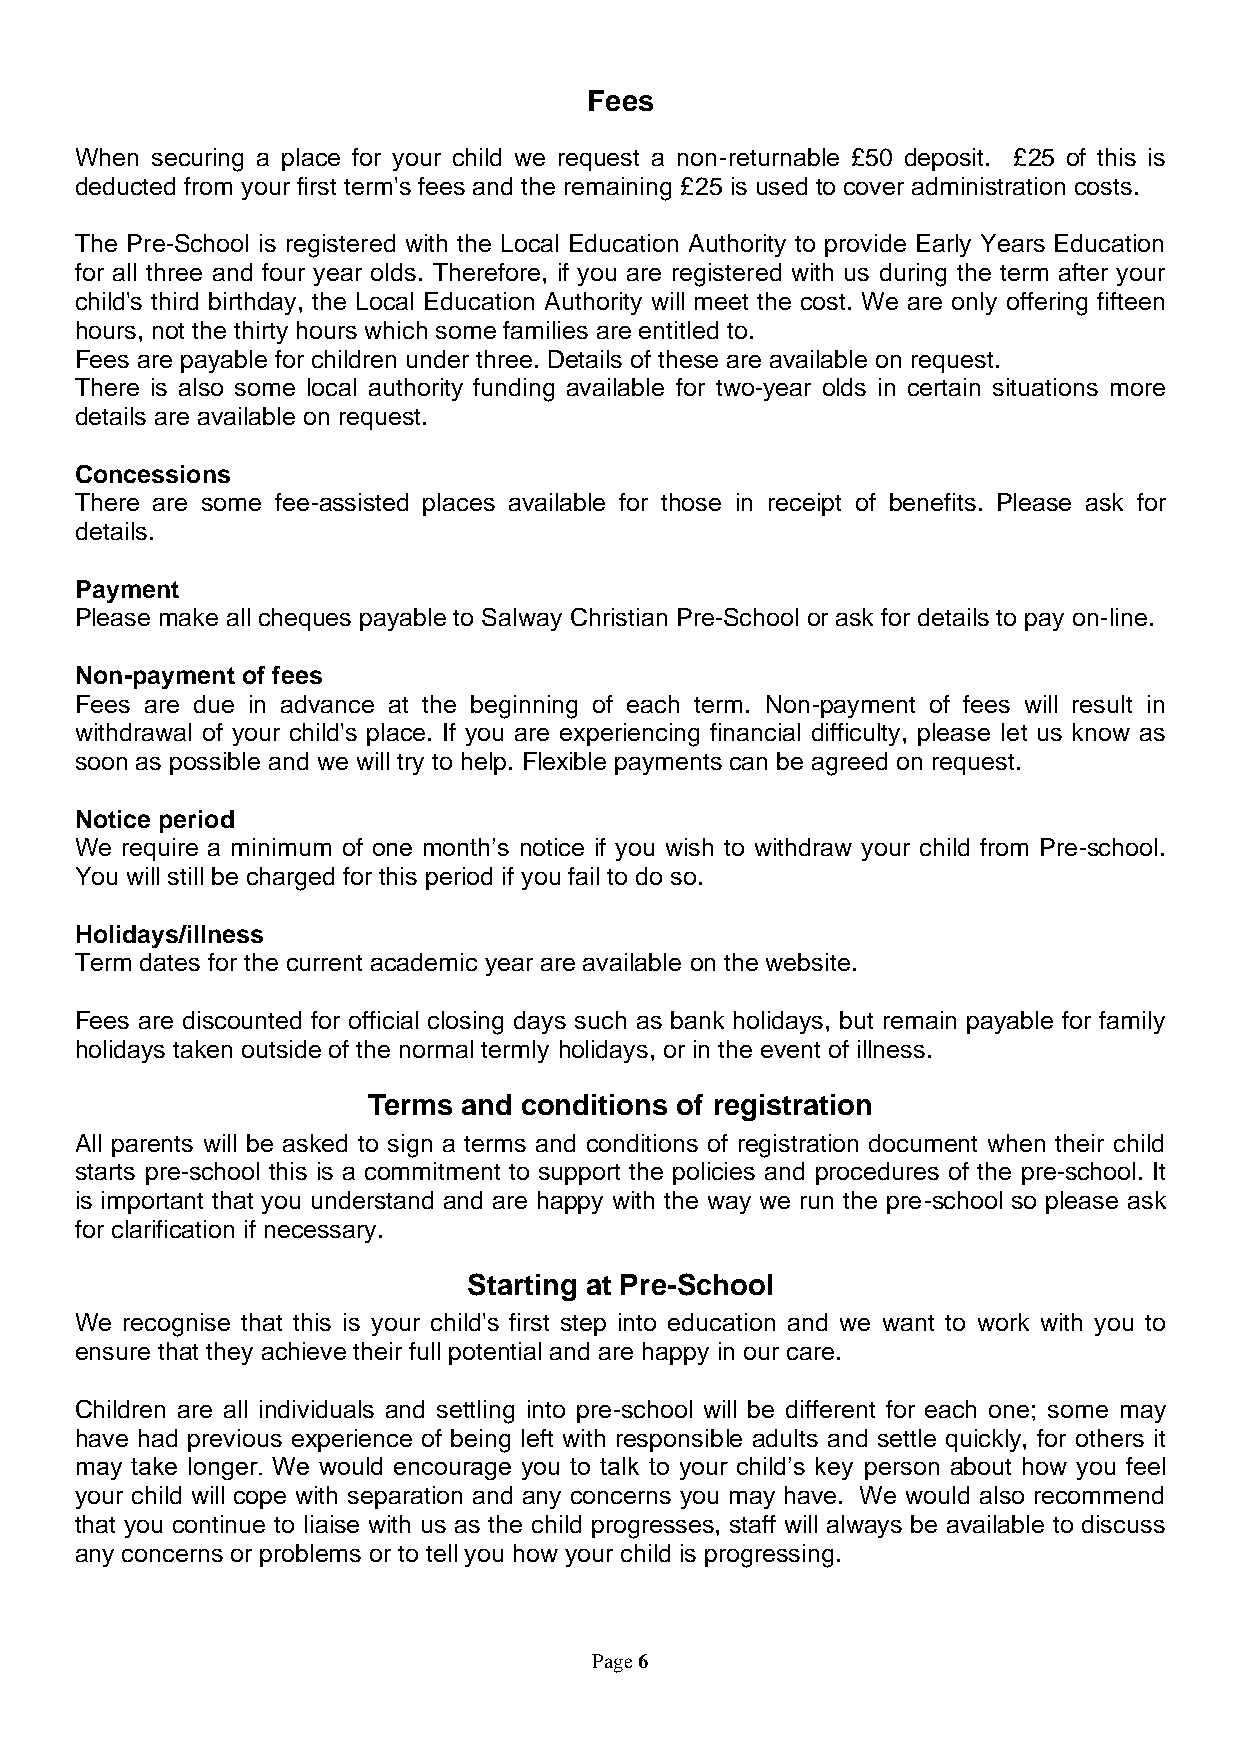
Fees
 When securing a place for your child we request a non-returnable £50 deposit. £25 of this is
 deducted from your first term's fees and the remaining £25 is used to cover administration costs.
 The Pre-School is registered with the Local Education Authority to provide Early Years Education
 for all three and four year olds. Therefore, if you are registered with us during the term after your
 child's third birthday, the Local Education Authority will meet the cost. We are only offering fifteen
 hours, not the thirty hours which some families are entitled to.
 Fees are payable for children under three. Details of these are available on request.
 There is also some local authority funding available for two-year olds in certain situations more
 details are available on request.
 Concessions
 There are some fee-assisted places available for those in receipt of benefits. Please ask for
 details.
 Payment
 Please make all cheques payable to Salway Christian Pre-School or ask for details to pay on-line.
 Non-payment of fees
 Fees are due in advance at the beginning of each term. Non-payment of fees will result in
 withdrawal of your child's place. If you are experiencing financial difficulty, please let us know as
 soon as possible and we will try to help. Flexible payments can be agreed on request.
 Notice period
 We require a minimum of one month’s notice if you wish to withdraw your child from Pre-school.
 You will still be charged for this period if you fail to do so.
 Holidays/illness
 Term dates for the current academic year are available on the website.
 Fees are discounted for official closing days such as bank holidays, but remain payable for family
 holidays taken outside of the normal termly holidays, or in the event of illness.
 Terms  and conditions of registration
 All parents will be asked to sign a terms and conditions of registration document when their child
 starts pre-school this is a commitment to support the policies and procedures of the pre-school. It
 is important that you understand and are happy with the way we run the pre-school so please ask
 for clarification if necessary.
 Starting at Pre-School
 We recognise that this is your child's first step into education and we want to work with you to
 ensure that they achieve their full potential and are happy in our care.
 Children are all individuals and settling into pre-school will be different for each one; some may
 have had previous experience of being left with responsible adults and settle quickly, for others it
 may take longer. We would encourage you to talk to your child’s key person about how you feel
 your child will cope with separation and any concerns you may have. We would also recommend
 that you continue to liaise with us as the child progresses, staff will always be available to discuss
 any concerns or problems or to tell you how your child is progressing.
 Page 6